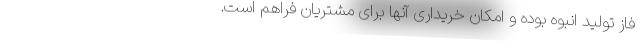
فاز تولید انبوه بوده و امکان خریداری آنها برای مشتریان فراهم است.